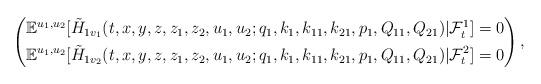
LaTeX: \begin{align*}\left(\begin{aligned}\mathbb{E}^{u_1,u_2}[\tilde{H}_{1{v_1}}(t,x,y,z,z_1,z_2,u_1,u_2;q_1,k_1,k_{11},k_{21},p_1,Q_{11},Q_{21})|\mathcal{F}_t^1]=0\\\mathbb{E}^{u_1,u_2}[\tilde{H}_{1{v_2}}(t,x,y,z,z_1,z_2,u_1,u_2;q_1,k_1,k_{11},k_{21},p_1,Q_{11},Q_{21})|\mathcal{F}_t^2]=0\end{aligned}\right),\end{align*}